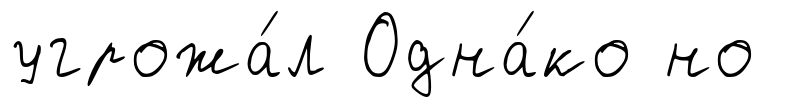
угрожа́л Одна́ко но